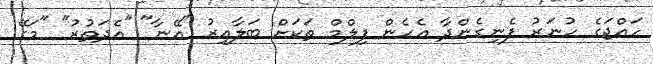
ހައްޖަގެ ހުނަރު ފެނިގެންދާ އެހެން ފިލްމް ތަކަށް ބަލާއިރު "އޭނާ" "އެދަތުރު" "މަގޭ